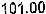
101.00